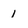
Character: 1